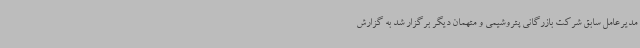
مدیرعامل سابق شرکت بازرگانی پتروشیمی و متهمان دیگر برگزار شد به گزارش